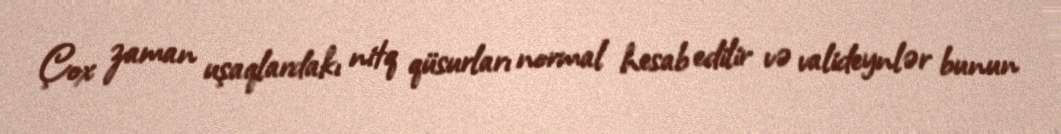
Çox zaman uşaqlardakı nitq qüsurları normal hesab edilir və valideynlər bunun